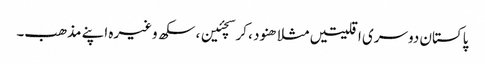
پاکستان دوسری اقلیتیں مثلا ھنود ، کرسچئین ، سکھ وغیرہ اپنے مذھب۔